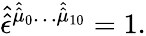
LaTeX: \hat{\hat{\epsilon}}^{\hat{\hat{\mu}}_{0}\ldots\hat{\hat{\mu}}_{10}}=1.